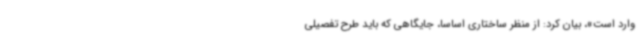
وارد است»، بیان کرد: از منظر ساختاری اساسا، جایگاهی که باید طرح تفصیلی